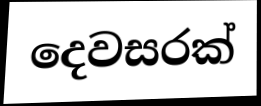
දෙවසරක්